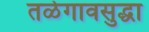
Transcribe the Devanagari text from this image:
तळेगावसुद्धा